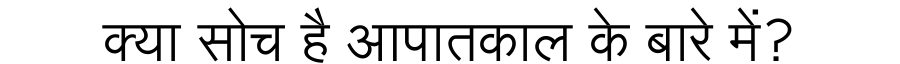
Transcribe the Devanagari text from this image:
क्या सोच है आपातकाल के बारे में?